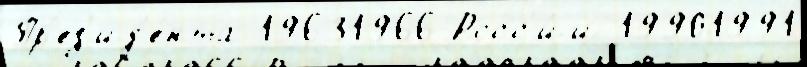
Пр'ез'ид'е́нта 19631966 Росс'и́и 19901991